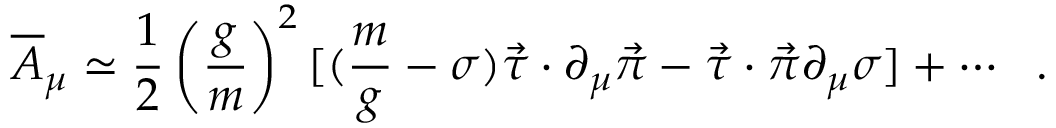
{ \overline { { A } } } _ { \mu } \simeq \frac { 1 } { 2 } \left( \frac { g } { m } \right) ^ { 2 } [ ( { \frac { m } { g } } - \sigma ) \vec { \tau } \cdot \partial _ { \mu } \vec { \pi } - \vec { \tau } \cdot \vec { \pi } \partial _ { \mu } \sigma ] + \cdots ~ ~ .